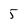
Character: 5